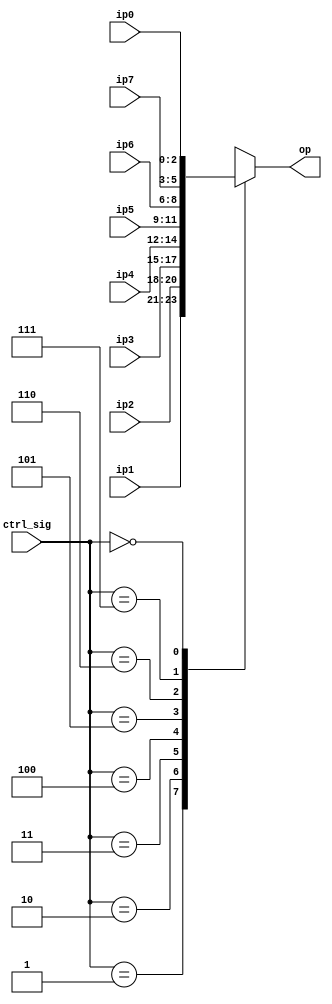
module mux8to1_3b(ip0,ip1,ip2,ip3,ip4,ip5,ip6,ip7,ctrl_sig, op);
input wire [2:0] ip0,ip1,ip2,ip3,ip4,ip5,ip6,ip7;
input wire [2:0]ctrl_sig;
output reg [2:0]op;

always @ (*) 
begin
	case (ctrl_sig)
		3'b001:
			begin
				op=ip1;
			end
		3'b010:
			begin
				op=ip2;
			end
		3'b011:
			begin
				op=ip3;
			end
			3'b100:
			begin
				op=ip4;
			end
			3'b101:
			begin
				op=ip5;
			end
			3'b110:
			begin
				op=ip6;
			end
			3'b111:
			begin
				op=ip7;
			end
			3'b000:
			begin
				op=ip0;
			end
endcase
end
endmodule